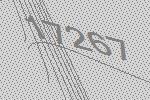
17267